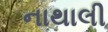
નાથાલી